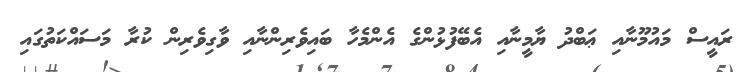
ރައީސް މައުމޫނާއި ޢަބްދު ޔާމީނާއި އެބޭފުޅުންގެ އެންމެހާ ބައިވެރިންނާއި ވާގިވެރިން ކުރާ މަސައްކަތުގައި